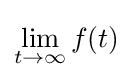
\lim _{t\to \infty }f(t)